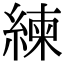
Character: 練